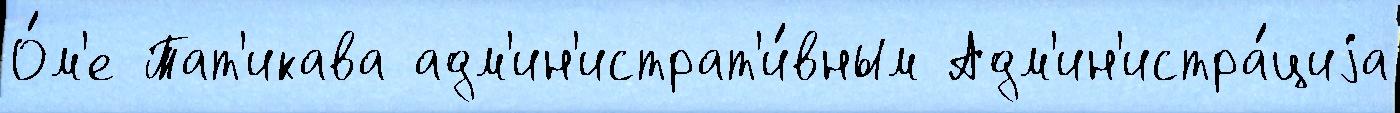
О́м'е Тат'икава адм'ин'истрат'и́вным Адм'ин'истра́циjа